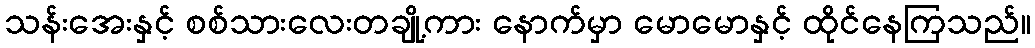
သန်းအေးနှင့် စစ်သားလေးတချို့ကား နောက်မှာ မောမောနှင့် ထိုင်နေကြသည်။